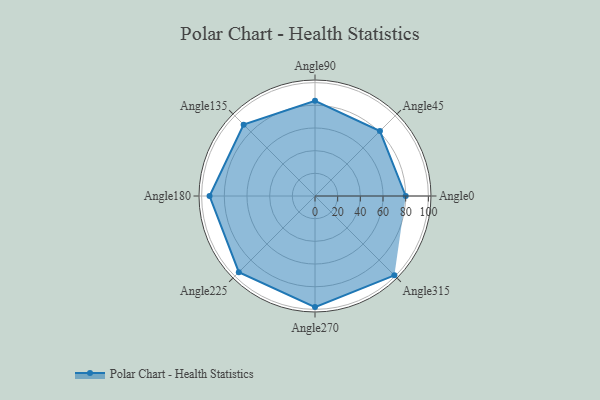
{"axis": {"x": "Angle", "y": "Radius"}, "legend": [""], "data": [{"x": "Angle0", "y": 80.0, "type": ""}, {"x": "Angle45", "y": 81.0, "type": ""}, {"x": "Angle90", "y": 84.0, "type": ""}, {"x": "Angle135", "y": 89.0, "type": ""}, {"x": "Angle180", "y": 93.0, "type": ""}, {"x": "Angle225", "y": 95.0, "type": ""}, {"x": "Angle270", "y": 98.0, "type": ""}, {"x": "Angle315", "y": 99.0, "type": ""}]}